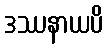
ဒဿနာယပိ